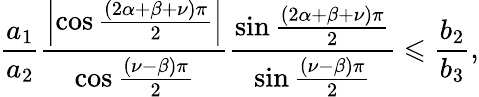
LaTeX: \frac{a_{1}}{a_{2}}\frac{\left\vert\cos\frac{\left(2\alpha+\beta+\nu\right)\pi}{2}\right\vert}{\cos\frac{\left(\nu-\beta\right)\pi}{2}}\frac{\sin\frac{\left(2\alpha+\beta+\nu\right)\pi}{2}}{\sin\frac{\left(\nu-\beta\right)\pi}{2}}\leqslant\frac{b_{2}}{b_{3}},